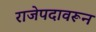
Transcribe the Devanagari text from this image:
राजेपदावरून